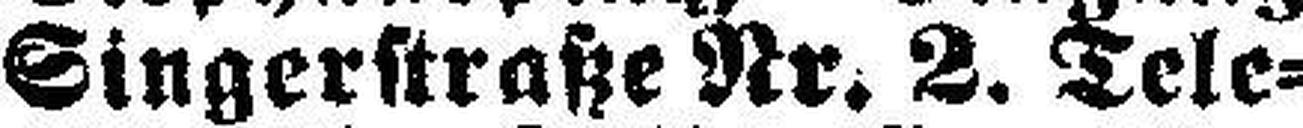
Singerstraße Nr. 2. Tele¬